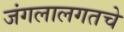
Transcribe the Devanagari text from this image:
जंगलालगतचे